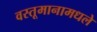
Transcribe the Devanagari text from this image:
वस्तूमानामधले